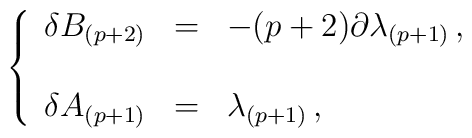
\left\{\begin{array}{rcl}\delta B_{(p+2)} & = & -(p+2) \partial\lambda_{(p+1)}\, ,\\& & \\\delta A_{(p+1)} & = & \lambda_{(p+1)}\, ,\\\end{array}\right.